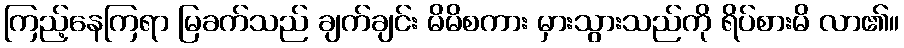
ကြည့်နေကြရာ မြခက်သည် ချက်ချင်း မိမိစကား မှားသွားသည်ကို ရိပ်စားမိ လာ၏။